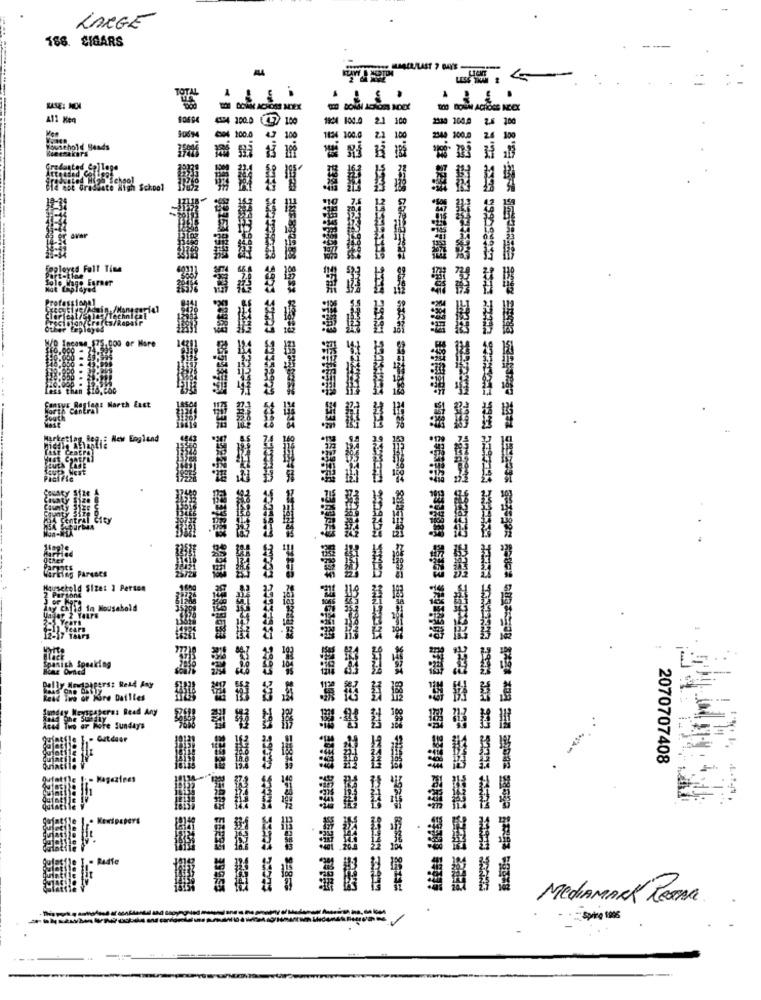
LARGE
188. CIGARS
TOTA
-
A11 Ken
100.0
100.0 2.1 100
2.5 100
124 100.0 2.1 100
2340 100.0
2.6 100
Tousehold 84a4s
Recmaker's
High School
ployes Fall Time
"canLaf North East
Rfa New England
ity
Pking ParseCs
husetold Size: 1 Person
chTia in Nousahold
y HeuteaGers: Reld Any
Files Sikre Dailles
Sunday's
2070707408
MediAMARK RESAR